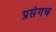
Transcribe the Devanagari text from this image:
प्रसंगच